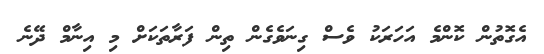
އެގޮތުން ކޮންމެ އަހަރަކު ވެސް ގިނަވެގެން ތިން ފަރާތަކަށް މި އިނާމް ދޭނެ